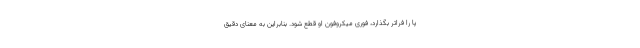
پا را فراتر بگذارد، فوری میکروفون او قطع شود. بنابراین به معنای دقیق